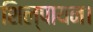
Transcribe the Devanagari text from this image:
शिल्पायन।